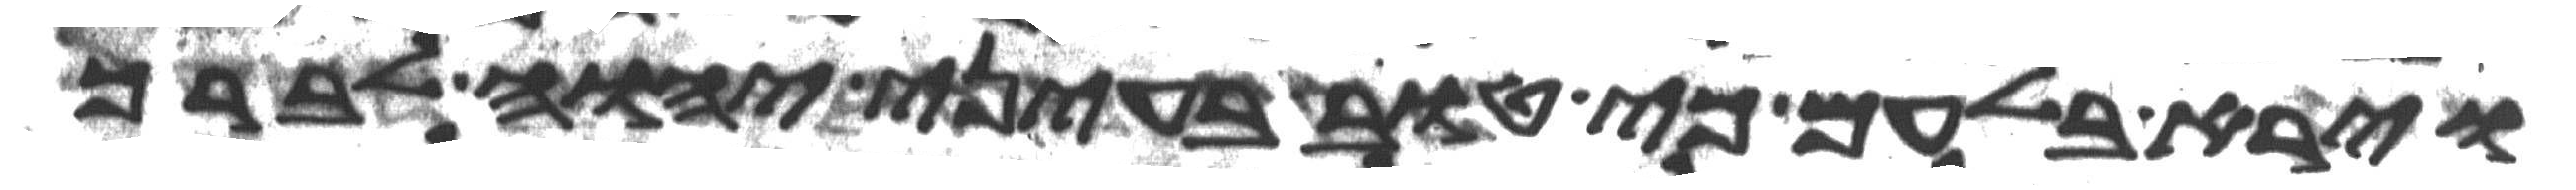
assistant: וירא בלעם כי טוב בעיני יהוה לברך